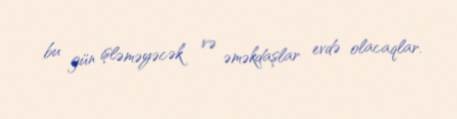
bu gün işləməyəcək və əməkdaşlar evdə olacaqlar.